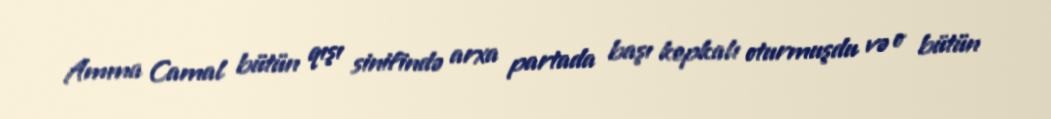
Amma Camal bütün qışı sinifində arxa partada başı kepkalı oturmuşdu və o bütün